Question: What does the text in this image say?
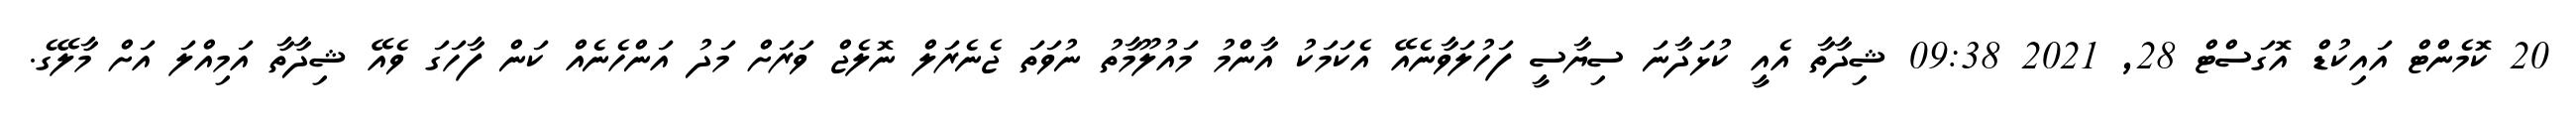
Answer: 20 ކޮމެންޓް އައިކުޑް އޮގަސްޓް 28, 2021 09:38 ޝިދާތާ އެއީ ކުޅަދާނަ ސިޔާސީ ފަހުލަވާނެއޭ އެކަމަކު އާންމު މައުލޫމާތު ނުވަތަ ޖެނެރަލް ނޮލެޖް ވަރަށް މަދު އަންހެނެއް ކަން ފާހަގަ ވެއޭ ޝިދާތާ އަމިއްލަ އަށް މާލޭގެ.